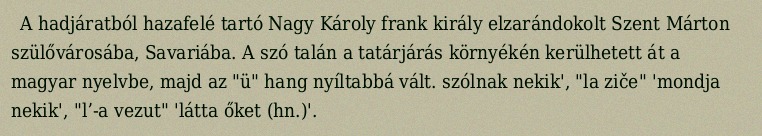
A hadjáratból hazafelé tartó Nagy Károly frank király elzarándokolt Szent Márton szülővárosába, Savariába. A szó talán a tatárjárás környékén kerülhetett át a magyar nyelvbe, majd az "ü" hang nyíltabbá vált. szólnak nekik', "la ziče" 'mondja nekik', "lʼ-a vezut" 'látta őket (hn.)'.